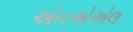
એનએએલ